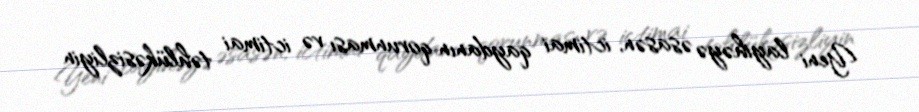
Yeni layihəyə əsasən, ictimai qaydanın qorunması və ictimai təhlükəsizliyin